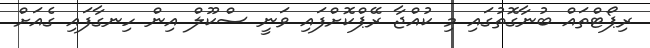
ރިޕޯޓްތައް ބުނާގޮތުގައި މި ކުއްޖާ ރޭޕްކޮށްފައި ވަނީ ސްކޫލް އިން ހިނގާފައި ގެއަށް